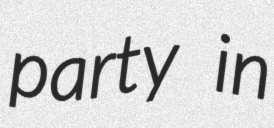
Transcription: party in